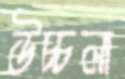
উচ্চলা